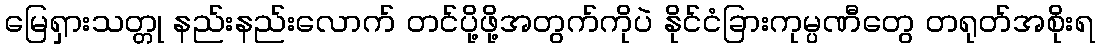
မြေရှားသတ္တု နည်းနည်းလောက် တင်ပို့ဖို့အတွက်ကိုပဲ နိုင်ငံခြားကုမ္ပဏီတွေ တရုတ်အစိုးရ